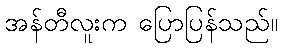
အန်တီလူးက ပြောပြန်သည်။